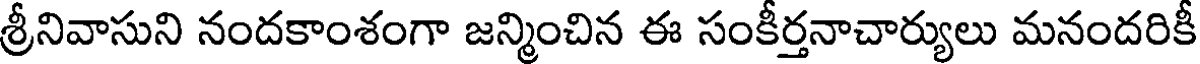
శ్రీనివాసుని నందకాంశంగా జన్మించిన ఈ సంకీర్తనాచార్యులు మనందరికీ